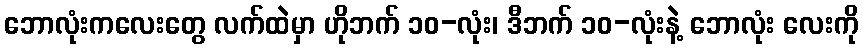
ဘောလုံးကလေးတွေ လက်ထဲမှာ ဟိုဘက် ၁၀-လုံး၊ ဒီဘက် ၁၀-လုံးနဲ့ ဘောလုံး လေးကို